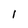
Character: 1